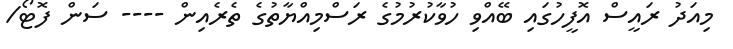
މިއަދު ރައީސް އޮފީހުގައި ބޭއްވި ހުވާކުރުމުގެ ރަސްމިއްޔާތުގެ ތެރެއިން ---- ސަން ފޮޓޯ/